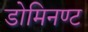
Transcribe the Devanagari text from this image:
डोमिनण्ट